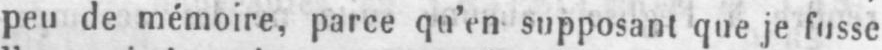
peu de mémoire, parce qu’en supposant que je fusse